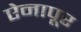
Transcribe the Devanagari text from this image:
ऐनापूर